Insane asylums in Bengal annual reports 1867-1875 - 1867-1875
Year: 1867
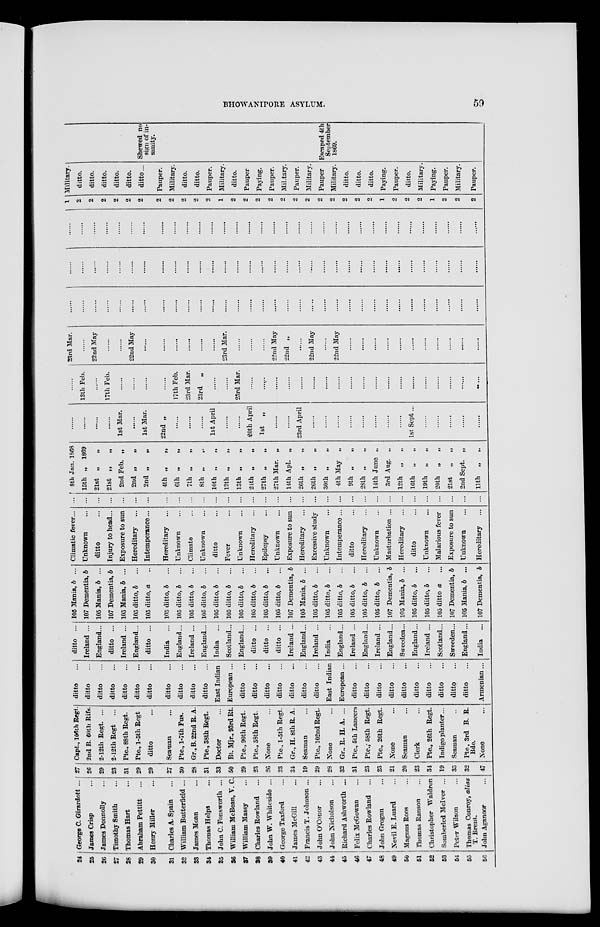
BHOWANIPORE ASYLUM.
59
24
25
26
27
28
29
30
31
32
33
34
35
36
37
38
39
40
41
42
43
44
43
46
47
48
49
50
51
52
53
54
55
56
George C. Girardott ...
James Crisp ...
James Donnolly ...
Timothy Smith...
Thomas Hart...
Abraham Pettitt...
Henry Miller...
Charles A. Spain ...
William Butterfield ...
James Moan ...
Thomas Helps ...
John C. Fonsworth ...
William McBean, V. C.
William Massy ...
Charles Rowland ...
John W. Whiteside ...
George Taxford ...
James McGill ...
Francis T. Johnson ...
John O'Conor ...
John Nicholson ...
Richard Ashworth ...
Felix McGowan ...
Charles Rowland ...
John Grogan ...
Nevil E. Luard ...
Magnus Roos ...
Thomas Ranson ...
Christopher Waldron ...
Somberled McIver ...
Peter Wilson ...
Thomas Conroy, alias
T. Brent.
John Aganoor ...
27
26
29
23
31
29
29
27
30
28
31
33
50
29
23
26
23
34
19
29
28
32
31
23
23
21
20
23
34
19
35
32
47
Capt., 106th Regt.
2nd B. 60th Rifs
2-12th Regt. ...
2-12th Regt
...
Pte., 88th Regt.
Pte., l-5th Regt
ditto ...
Seaman ...
Pte., l-7th Fus.
Gr., B. 22nd R. A.
Pte., 38th Regt.
Doctor ...
Bt. Mjr., 93rd Rt.
Pte., 90th Regt.
Pte., 58th Regt.
None ...
Pte., l-5th Regt.
Gr., H. 8th R. A.
Seaman ...
Pte., 102nd Regt.
None ...
Gr.. R. H.A. ...
Pte., 5th Lancers
Pte.; 58th Regt.
Pte., 26th Regt.
None ...
Seaman ...
Clerk ...
Pte., 26th Regt.
Indigo planter...
Seaman ...
Pte, 3rd B. R.
Bde.
None ...
ditto ...
ditto ...
ditto ...
ditto ...
ditto ...
ditto ...
ditto ...
ditto ...
ditto ...
ditto ...
ditto ...
East Indian
European ...
ditto ...
ditto ...
ditto ...
ditto ...
ditto ...
ditto ...
ditto ...
East Indian
European ...
ditto ...
ditto ...
ditto ...
ditto ...
ditto ...
ditto ...
ditto ...
ditto ...
ditto ...
ditto ...
Armenian...
ditto ...
Ireland ...
England...
ditto ...
Ireland ...
England...
ditto ...
India ...
England...
Ireland ...
England...
India ...
Scotland...
England...
ditto ...
ditto ...
ditto ...
Ireland ...
England...
Ireland ...
India ...
England...
Ireland ...
England...
Ireland ...
England...
Sweeden...
England...
Ireland ...
Scotland...
Sweeden...
England...
India ...
105 Mania, b ...
107 Dementia, b
105 Mania, b ...
107 Dementia, b
105 Mania, b ...
105 ditto, b ...
105 ditto, a ...
105 ditto, b ...
105 ditto, b ...
105 ditto, b ...
105 ditto, b ...
105 ditto, b ...
105 ditto, b ...
105 ditto, b ...
105 ditto, b ...
105 ditto, b ...
105 ditto, b ...
107 Dementia, b
105 Mania, b ...
105 ditto, b ...
105 ditto, b
...
105 ditto, b
...
105 ditto, b ...
105 ditto, b ...
105 ditto, b ...
107 Dementia, b
105 Mania, b ...
105 ditto, b
...
105 ditto, b ...
105 ditto a ...
107 Dementia, b
105 Mania, 6 ...
107 Dementia, b
Climatic fever...
Unknown ...
ditto ...
Injury to head...
Exposure to sun
Hereditary ...
Intemperance...
Hereditary ...
Unknown ...
Climate ...
Unknown ...
ditto ...
Fever ...
Unknown ...
Hereditary ...
Epilepsy ...
Unknown ...
Exposure to sun
Hereditary ...
Excessive study
Unknown ...
Intemperance ...
ditto ...
Hereditary ...
Unknown ...
Masturbation ...
Hereditary
ditto ...
Unknown ...
Malarious fever
Exposure to sun
Unknown ...
Hereditary ...
...
...
...
...
...
...
...
...
...
...
...
...
...
...
...
...
...
...
...
...
...
...
...
...
...
...
...
...
...
...
...
...
...
8th Jan. 1868
15th „ 1869
21st „ „
21st „
„
2nd Feb. „
2nd „
„
2nd „ „
4th „ „
6th „ „
7th „ „
8th „ „
10th „ „
12th „ „
13th „ „
24th „ „
27th „
„
27th Mar. „
14th Apl. „
26th „ „
26th „ „
30th „ „
4th May „
9th „ „
28th „ „
14th June „
3rd Aug. „
12th „
„
16th „ „
19th „
„
20th „
„
21st
„
„
2nd Sept. „
11th „
„
......
......
......
......
1st Mar.
1st Mar.
22nd „
......
......
......
1st April
......
......
20th April
1st „
......
......
23rd April
......
......
......
......
......
......
......
......
1st Sept...
......
......
......
......
......
......
13th Feb.
......
17th Feb.
......
......
......
......
17th Feb.
23rd Mar.
23rd
„
......
......
23rd Mar.
......
......
......
......
......
......
......
......
......
......
......
......
......
......
......
......
......
......
......
23rd Mar.
......
22nd May
......
......
22nd May
......
......
......
......
......
......
23rd Mar.
......
......
......
22nd May
22nd „
......
22nd May
......
22nd May
......
......
......
......
......
......
......
......
......
......
......
......
......
......
......
......
......
......
......
......
......
......
......
......
......
......
......
......
......
......
......
......
......
......
......
......
......
......
......
......
......
......
......
......
......
......
......
......
......
......
......
......
......
......
......
......
......
......
......
......
......
......
......
......
......
......
......
......
......
......
......
......
......
......
......
......
......
......
......
......
......
......
......
......
......
......
......
......
......
......
......
......
......
......
......
......
......
......
......
......
......
......
......
......
......
......
......
......
......
......
1
2
2
2
2
2
2
2
2
2
2
2
1
2
2
2
2
2
2
2
2
2
2
2
2
1
2
2
2
1
2
2
2
Military.
ditto.
ditto.
ditto.
ditto.
ditto.
ditto...
Pauper.
Military.
ditto.
ditto.
Pauper.
Military.
ditto.
Pauper
Paying.
Pauper.
Military.
Pauper.
Military.
Pauper
Military.
ditto.
ditto.
ditto.
Paying.
Pauper.
ditto.
Military.
Paying.
Pauper.
Military.
Pauper.
Shewed no
sign of in¬
sanity.
Escaped 4th
September
1869.